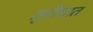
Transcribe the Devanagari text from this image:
तृतीयात